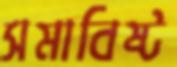
সমাবিষ্ট